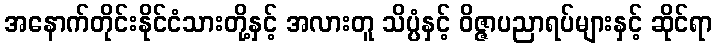
အနောက်တိုင်းနိုင်ငံသားတို့နှင့် အလားတူ သိပ္ပံနှင့် ဝိဇ္ဇာပညာရပ်များနှင့် ဆိုင်ရာ